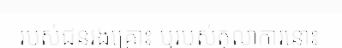
របស់ជនរងគ្រោះ ឬរបស់តុលាការនោះ